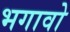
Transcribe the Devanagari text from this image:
भगावो